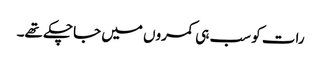
رات کو سب ہی کمروں میں جاچکے تھے۔